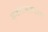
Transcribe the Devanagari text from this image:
मनोरंजनचाच